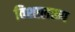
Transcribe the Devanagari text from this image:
विशालरूप